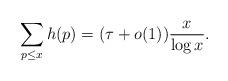
LaTeX: \begin{align*} \sum_{p\leq x}h(p)= (\tau + o(1)) \frac{x}{\log x}.\end{align*}